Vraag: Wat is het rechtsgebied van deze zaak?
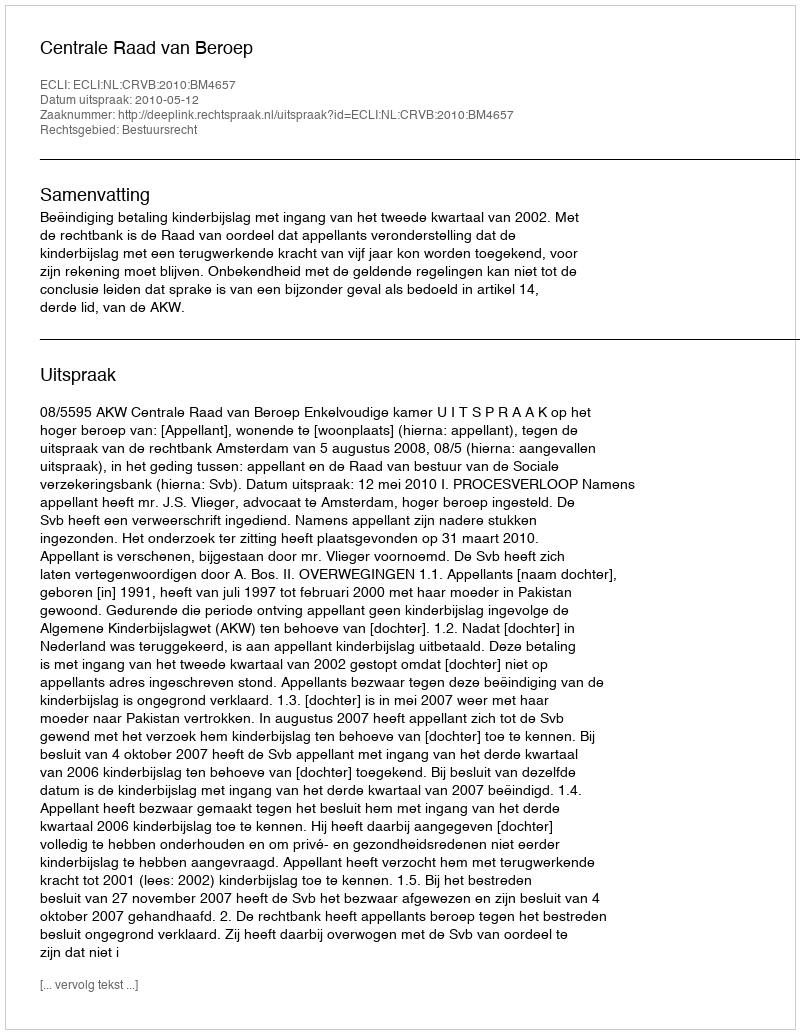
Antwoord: Bestuursrecht